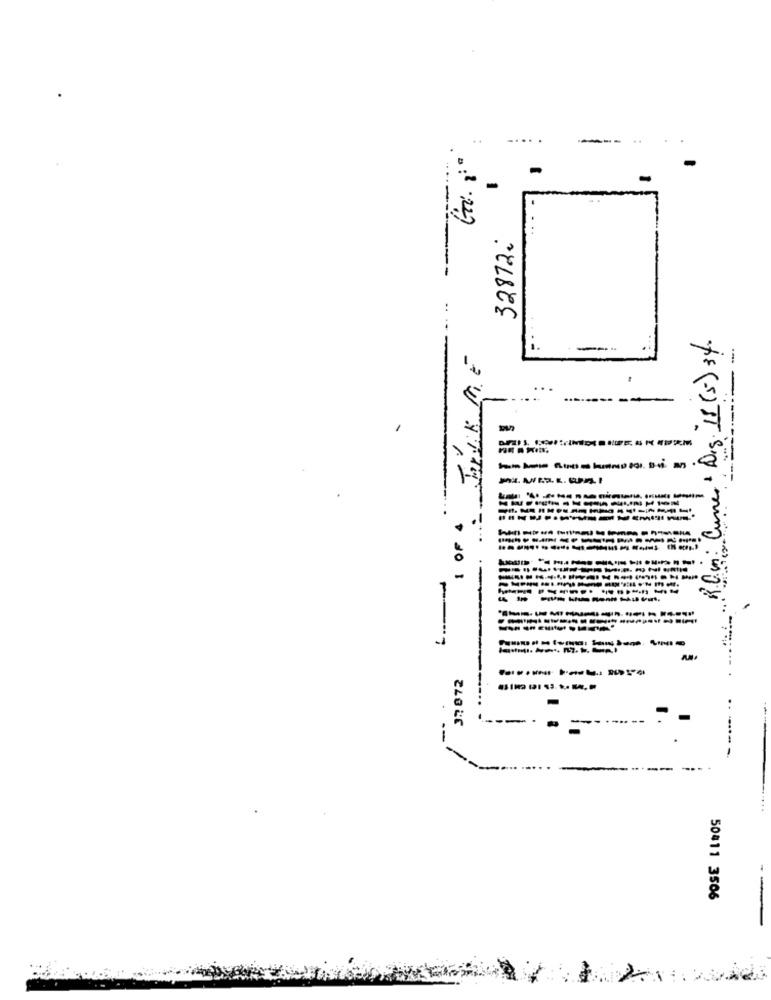
-
-
32812:
: Current Dig. 18 (5) 34.
JONLIK ME
---
.- -:----
--------------
R.C.
---------
---
377 072
--
.- ----- -.
-
50411 3506